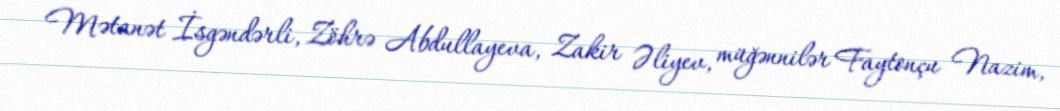
Mətanət İsgəndərli, Zöhrə Abdullayeva, Zakir Əliyev, müğənnilər Faytonçu Nazim,